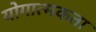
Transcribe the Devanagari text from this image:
योगात्मकता